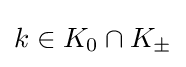
k\in K_{0}\cap K_{\pm }